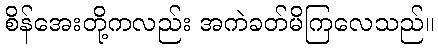
စိန်အေးတို့ကလည်း အကဲခတ်မိကြလေသည်။